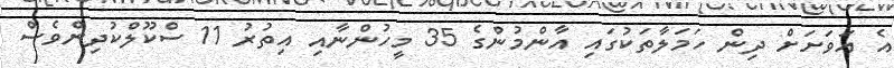
އެ އަވަށަށް ދިން ހަމަލާތަކުގައި އާންމުންގެ 35 މީހުންނާއި އިތުރު 11 ސްކޫލްކުދިންވެސް